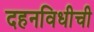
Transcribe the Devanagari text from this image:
दहनविधीची